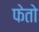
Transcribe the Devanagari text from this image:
फेतो